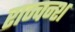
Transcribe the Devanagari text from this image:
राज्वन्श